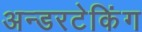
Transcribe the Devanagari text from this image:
अन्डरटेकिंग